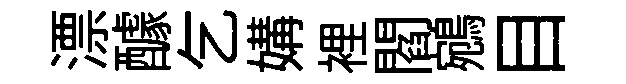
漂醵乞媾裡閻鵷目